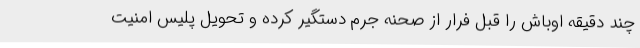
چند دقیقه اوباش را قبل فرار از صحنه جرم دستگیر کرده و تحویل پلیس امنیت